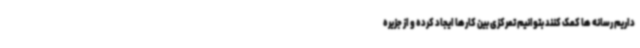
داریم رسانه ها کمک کنند بتوانیم تمرکزی بین کارها ایجاد کرده و از جزیره